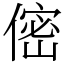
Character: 㑻